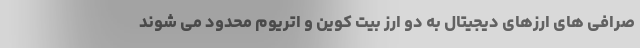
صرافی های ارزهای دیجیتال به دو ارز بیت کوین و اتریوم محدود می شوند